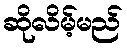
ဆိုလိမ့်မည်